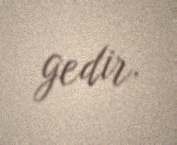
gedir.